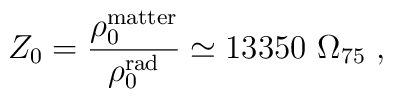
Z_0 = {\rho^{\rm matter}_0 \over \rho^{\rm rad}_0} \simeq 13350\ \Omega_{75}\ ,